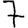
Digit: 7